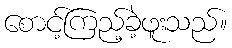
စောင့်ကြည့်ခဲ့ဖူးသည်။